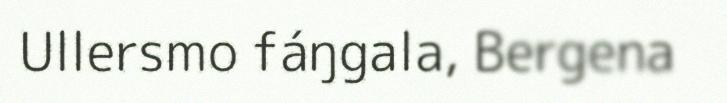
Ullersmo fáŋgala, Bergena